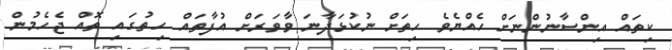
ކިތައް އިންސާނުންނަށް ހެއްޔެވެ ހިތަށް ނުކުޅަދާނަ ވާވަރަށް އުފާތައް ހިތުގައި ތޮއް ޖެހެމުން